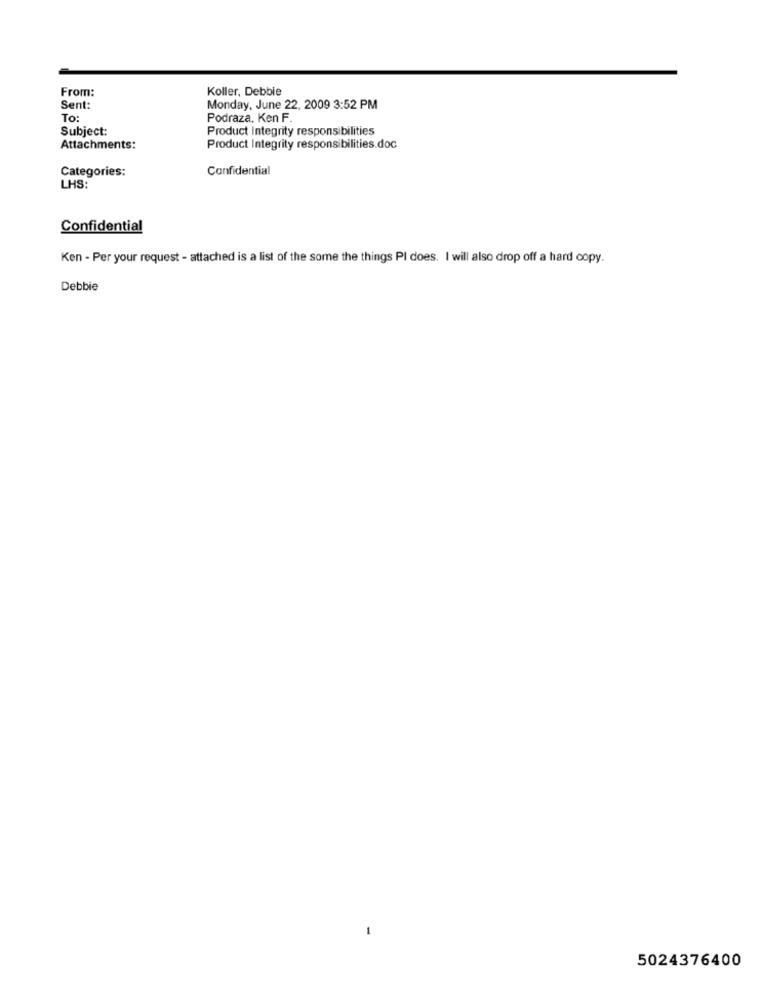
From:
Koller, Debbie
Sent:
Monday, June 22, 2009 3:52 PM
To:
Podraza. Ken F.
Subject:
Product Integrity responsibilities
Attachments:
Product Integrity responsibilities.doc
Categories:
Confidential
LHS:
Confidential
Ken - Per your request - attached is a list of the some the things PI does. I will also drop off a hard copy.
Debbie
5024376400